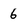
Character: 6